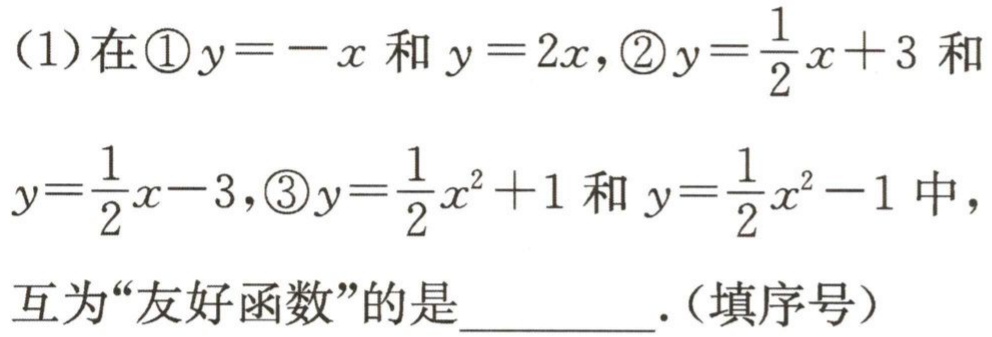
(1)在\textcircled{1}$y = -x$和$y = 2x$,\textcircled{2}$y=\frac{1}{2}x + 3$和$y=\frac{1}{2}x - 3$,\textcircled{3}$y=\frac{1}{2}x^{2}+1$和$y=\frac{1}{2}x^{2}-1$中，互为“友好函数”的是__________.(填序号）